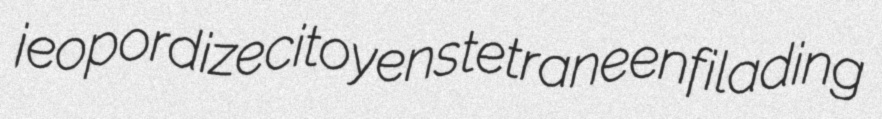
jeopordize citoyens tetrane enfilading